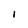
Character: I